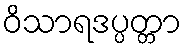
ဝိသာရဒပ္ပတ္တာ